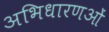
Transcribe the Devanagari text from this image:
अभिधारणओं